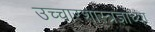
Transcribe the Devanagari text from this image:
उच्चारशास्त्रज्ञांच्या